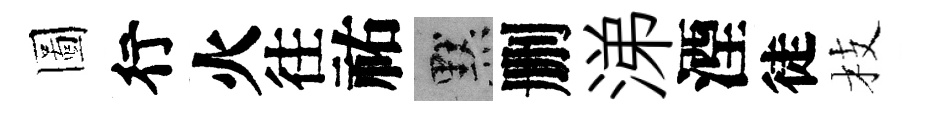
圖行火往祐默删涕湮徒枝